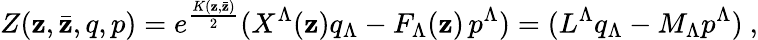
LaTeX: Z(\mathbf{z},\bar{{\mathbf{z}}},q,p)=e^{\frac{{K(\mathbf{z},\bar{{\mathbf{z}}})}}{{2}}}(X^{\Lambda}(\mathbf{z})q_{\Lambda}-F_{\Lambda}(\mathbf{z})\, p^{\Lambda})=(L^{\Lambda}q_{\Lambda}-M_{\Lambda}p^{\Lambda})\ ,